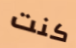
كنت